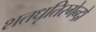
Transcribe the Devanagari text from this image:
शतधृतिरगेन्द्रो